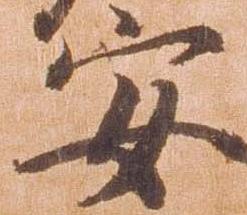
安